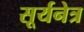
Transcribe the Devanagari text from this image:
सूर्यनेत्र